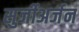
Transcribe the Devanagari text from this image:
सुर्जीअर्जन